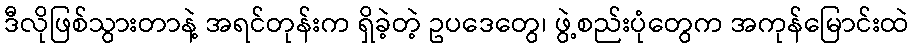
ဒီလိုဖြစ်သွားတာနဲ့ အရင်တုန်းက ရှိခဲ့တဲ့ ဥပဒေတွေ၊ ဖွဲ့စည်းပုံတွေက အကုန်မြောင်းထဲ